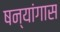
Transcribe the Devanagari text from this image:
षन्यांगास